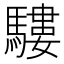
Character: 䮫